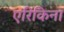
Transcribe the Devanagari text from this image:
एरिकिना